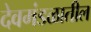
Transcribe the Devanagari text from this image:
देवमंडळातील